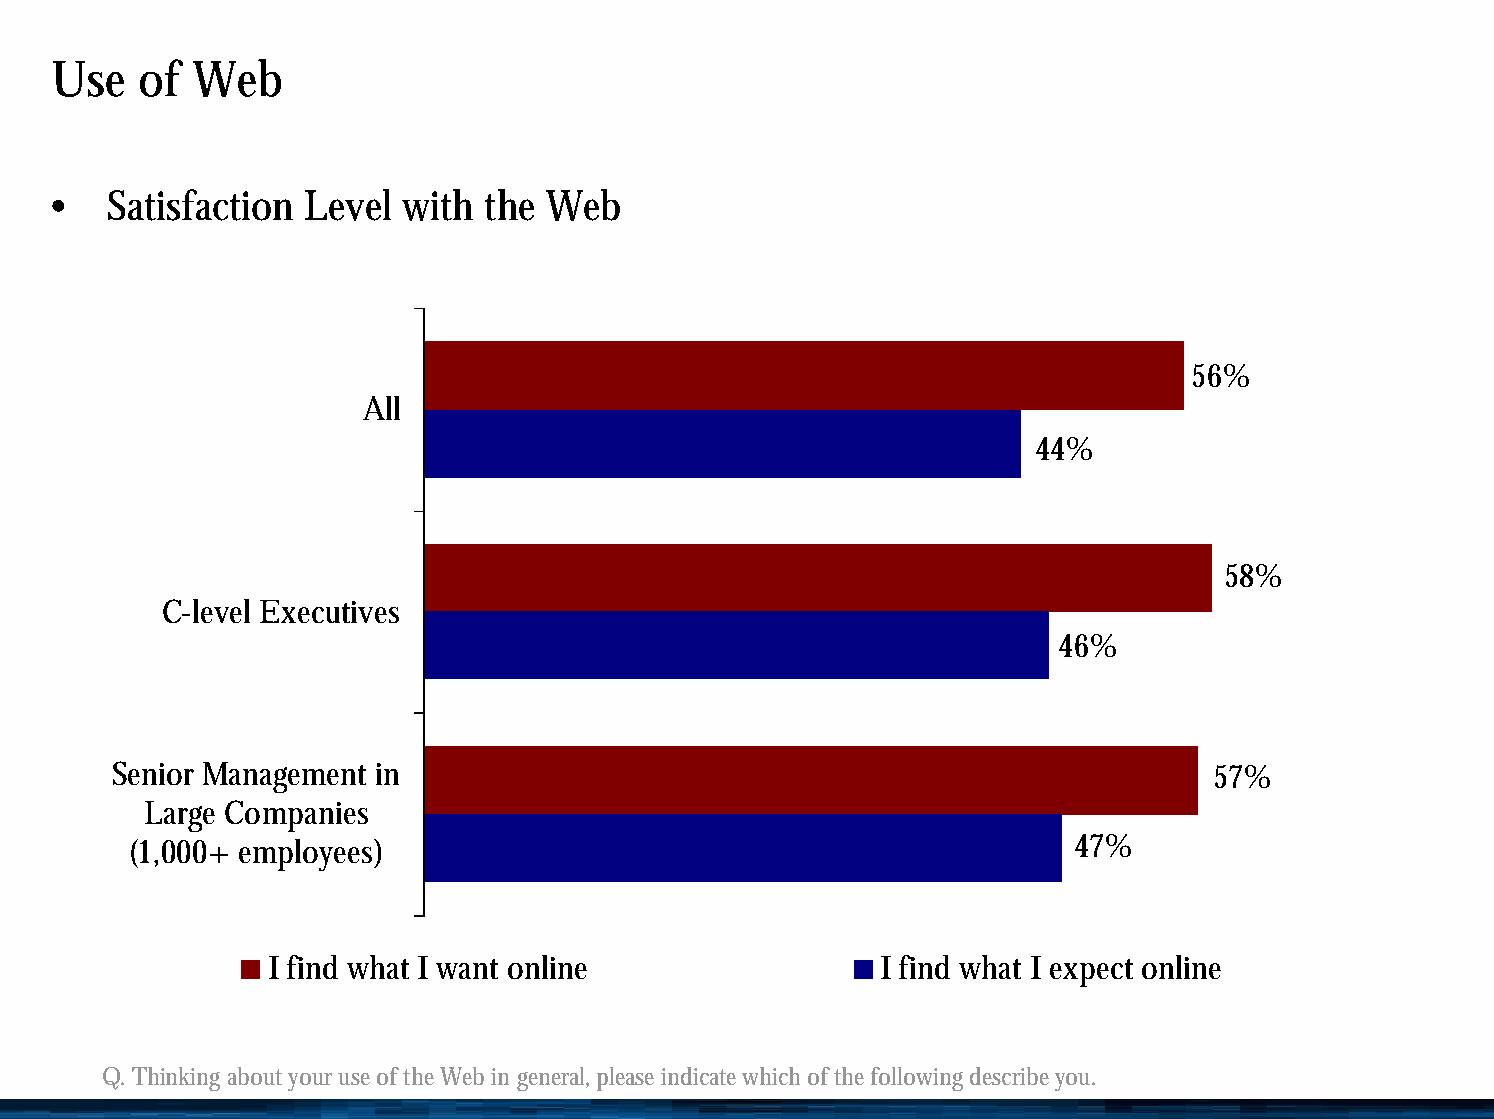
Use   of  Web
 •   Satisfaction Level  with the Web
 56%
 All
 44%
 58%
 C-level Executives
 46%
 Senior Management in                                                     57%
 Large Companies
 (1,000+ employees)                                            47%
 I find what I want online               I find what I expect online
 Q. Thinking about your use of the Web in general, please indicate which of the following describe you.